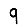
Digit: 9